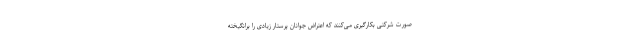
صورت شرکتی بکارگیری می‌کنند که اعتراض جوانان پرستار زیادی را برانگیخته